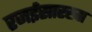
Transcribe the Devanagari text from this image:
रजईसारखा